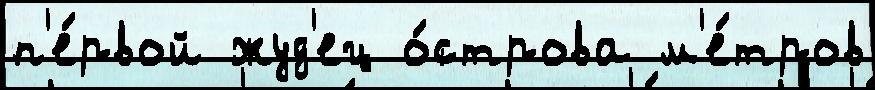
п'е́рвой жуд'ец о́строва м'е́тров